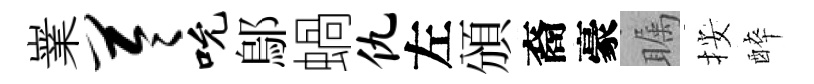
嶪苓吮鄔蝸仇左頒裔豪瞩按醉